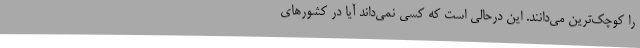
را کوچک‌ترین می‌دانند. این درحالی است که کسی نمی‌داند آیا در کشور‌های